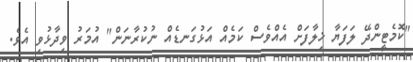
"ކޮމެޓީންދޭ ލަފަޔާ ޚިލާފަށް އެއްވެސް ކަމެއް އަޅުގަނޑެއް ނުކުރާނަން" އުމަރު ވިދާޅުވި އެވެ.